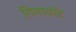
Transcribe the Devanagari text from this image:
गिगावॉट